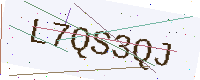
Text: L7QS3QJ